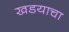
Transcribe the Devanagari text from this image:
खडयाचा